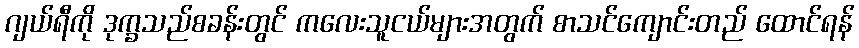
ဂျယ်ရီကို ဒုက္ခသည်စခန်းတွင် ကလေးသူငယ်များအတွက် စာသင်ကျောင်းတည် ထောင်ရန်